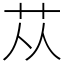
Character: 苁